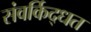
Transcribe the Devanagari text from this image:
संवर्किद्धत